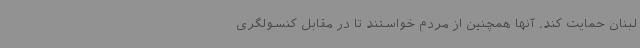
لبنان حمایت کند. آنها همچنین از مردم خواستند تا در مقابل کنسولگری